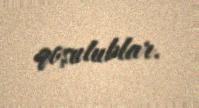
qoşulublar.